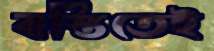
বস্তিতেই